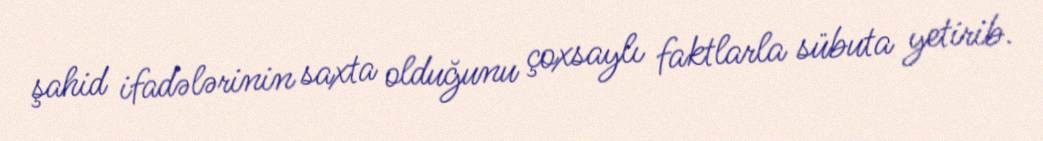
şahid ifadələrinin saxta olduğunu çoxsaylı faktlarla sübuta yetirib.